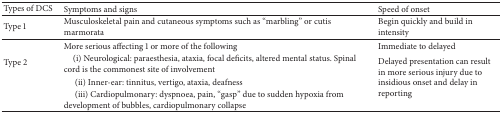
| Types of DCS | Symptoms and signs | Speed of onset |
 | --- | --- | --- |
 | Type 1 | Musculoskeletal pain and cutaneous symptoms such as “marbling” or cutis marmorata | Begin quickly and build in intensity |
 | <ROWSPAN=4> Type 2 | More serious affecting 1 or more of the following | Immediate to delayed |
 | (i) Neurological: paraesthesia, ataxia, focal deficits, altered mental status. Spinal cord is the commonest site of involvement | <ROWSPAN=3> Delayed presentation can result in more serious injury due to insidious onset and delay in reporting |
 | (ii) Inner-ear: tinnitus, vertigo, ataxia, deafness |
 | (iii) Cardiopulmonary: dyspnoea, pain, “gasp” due to sudden hypoxia from development of bubbles, cardiopulmonary collapse |